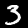
Digit: 3